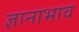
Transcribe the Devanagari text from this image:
ज्ञानाभाव